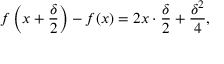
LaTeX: f \left( x + { \frac { \delta } { 2 } } \right) - f ( x ) = 2 x \cdot { \frac { \delta } { 2 } } + { \frac { \delta ^ { 2 } } { 4 } } ,